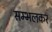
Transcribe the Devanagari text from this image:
सम्भलकर